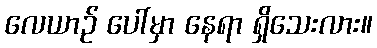
လေယာဉ် ပေါ်မှာ နေရာ ရှိသေးလား။